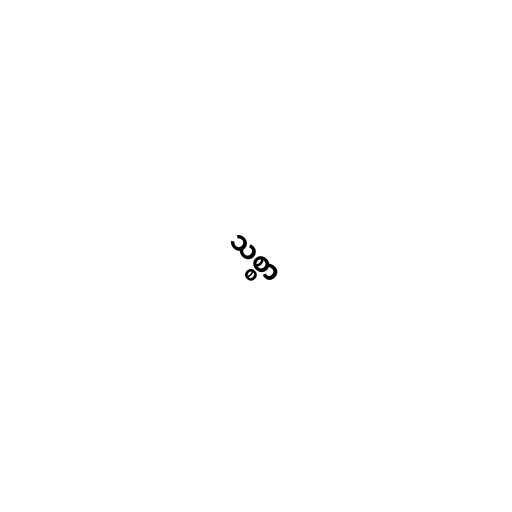
သစ္စာ